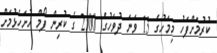
ކުރުމަށްފަހު މިމަހުގެ 13 ވަނަ ދުވަހުގެ 2:00 ގެ ކުރިން ފޯމް ހުށަހެޅުމަށް